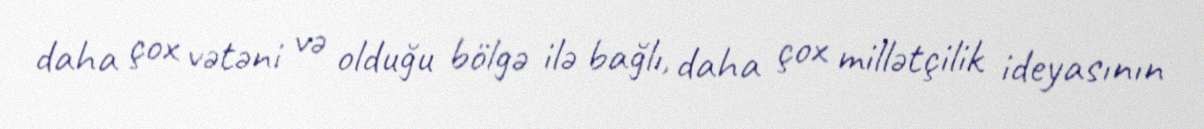
daha çox vətəni və olduğu bölgə ilə bağlı, daha çox millətçilik ideyasının